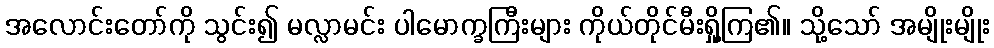
အလောင်းတော်ကို သွင်း၍ မလ္လာမင်း ပါမောက္ခကြီးများ ကိုယ်တိုင်မီးရှို့ကြ၏။ သို့သော် အမျိုးမျိုး